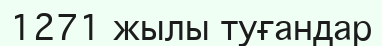
1271 жылы туғандар